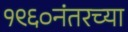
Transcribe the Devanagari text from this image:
१९६०नंतरच्या